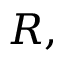
R ,